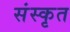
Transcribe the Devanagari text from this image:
संस्कृत